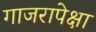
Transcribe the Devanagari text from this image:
गाजरापेक्षा